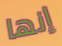
إنها